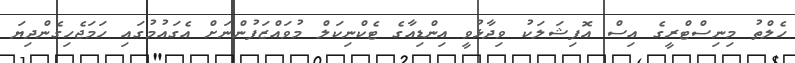
ހެލްތު މިނިސްޓްރީގެ އިސް އޮފިޝަލަކު ވިދާޅުވީ އިންޑިއާގެ ޓެކްނިކަލް މުވައްޒަފުންނަށް އެގައުމުގައި ހަމަޖެހިގެންދިޔަ